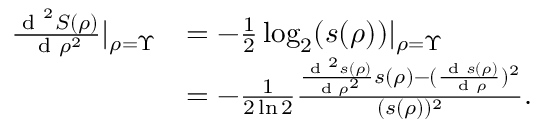
\begin{array} { r l } { \frac { \textrm { d } ^ { 2 } S ( \rho ) } { \textrm { d } \rho ^ { 2 } } | _ { \rho = \Upsilon } } & { = - \frac { 1 } { 2 } \log _ { 2 } ( s ( \rho ) ) | _ { \rho = \Upsilon } } \\ & { = - \frac { 1 } { 2 \ln 2 } \frac { \frac { \textrm { d } ^ { 2 } s ( \rho ) } { \textrm { d } \rho ^ { 2 } } s ( \rho ) - ( \frac { \textrm { d } s ( \rho ) } { \textrm { d } \rho } ) ^ { 2 } } { ( s ( \rho ) ) ^ { 2 } } . } \end{array}